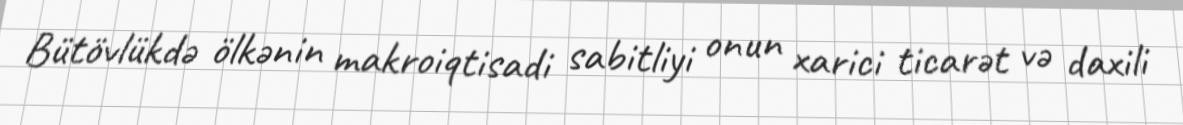
Bütövlükdə ölkənin makroiqtisadi sabitliyi onun xarici ticarət və daxili